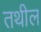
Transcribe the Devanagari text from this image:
तथील